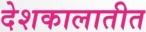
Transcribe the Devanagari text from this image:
देशकालातीत